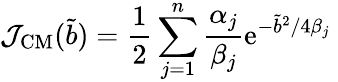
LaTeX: {\cal J}_{\mathrm{CM}}(\tilde{b})={\frac{1}{2}}\sum_{j=1}^{n}{\frac{\alpha_{j}}{\beta_{j}}}\mathrm{e}^{-{\tilde{b}}^{2}/4\beta_{j}}~